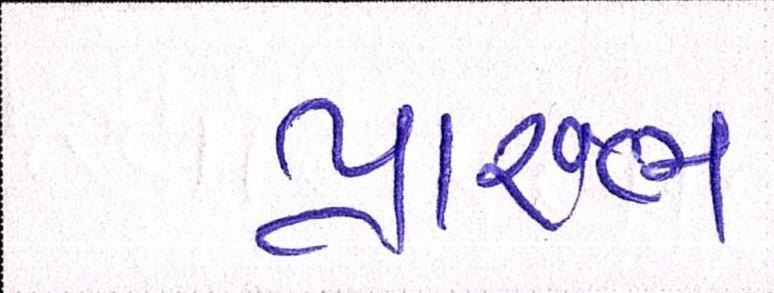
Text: પ્રારંભ